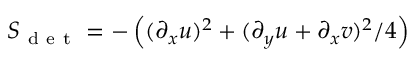
S _ { \mathrm { ~ d ~ e ~ t ~ } } = - \left( ( \partial _ { x } u ) ^ { 2 } + ( \partial _ { y } u + \partial _ { x } v ) ^ { 2 } / 4 \right)